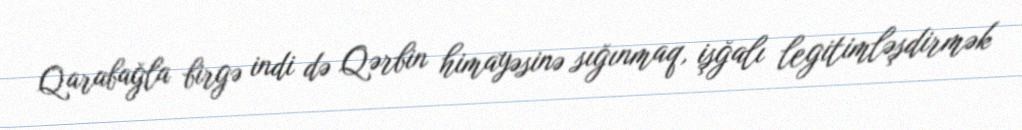
Qarabağla birgə indi də Qərbin himayəsinə sığınmaq, işğalı legitimləşdirmək